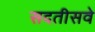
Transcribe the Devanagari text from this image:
सदतीसवे